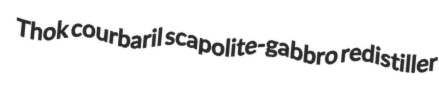
Thok courbaril scapolite-gabbro redistiller